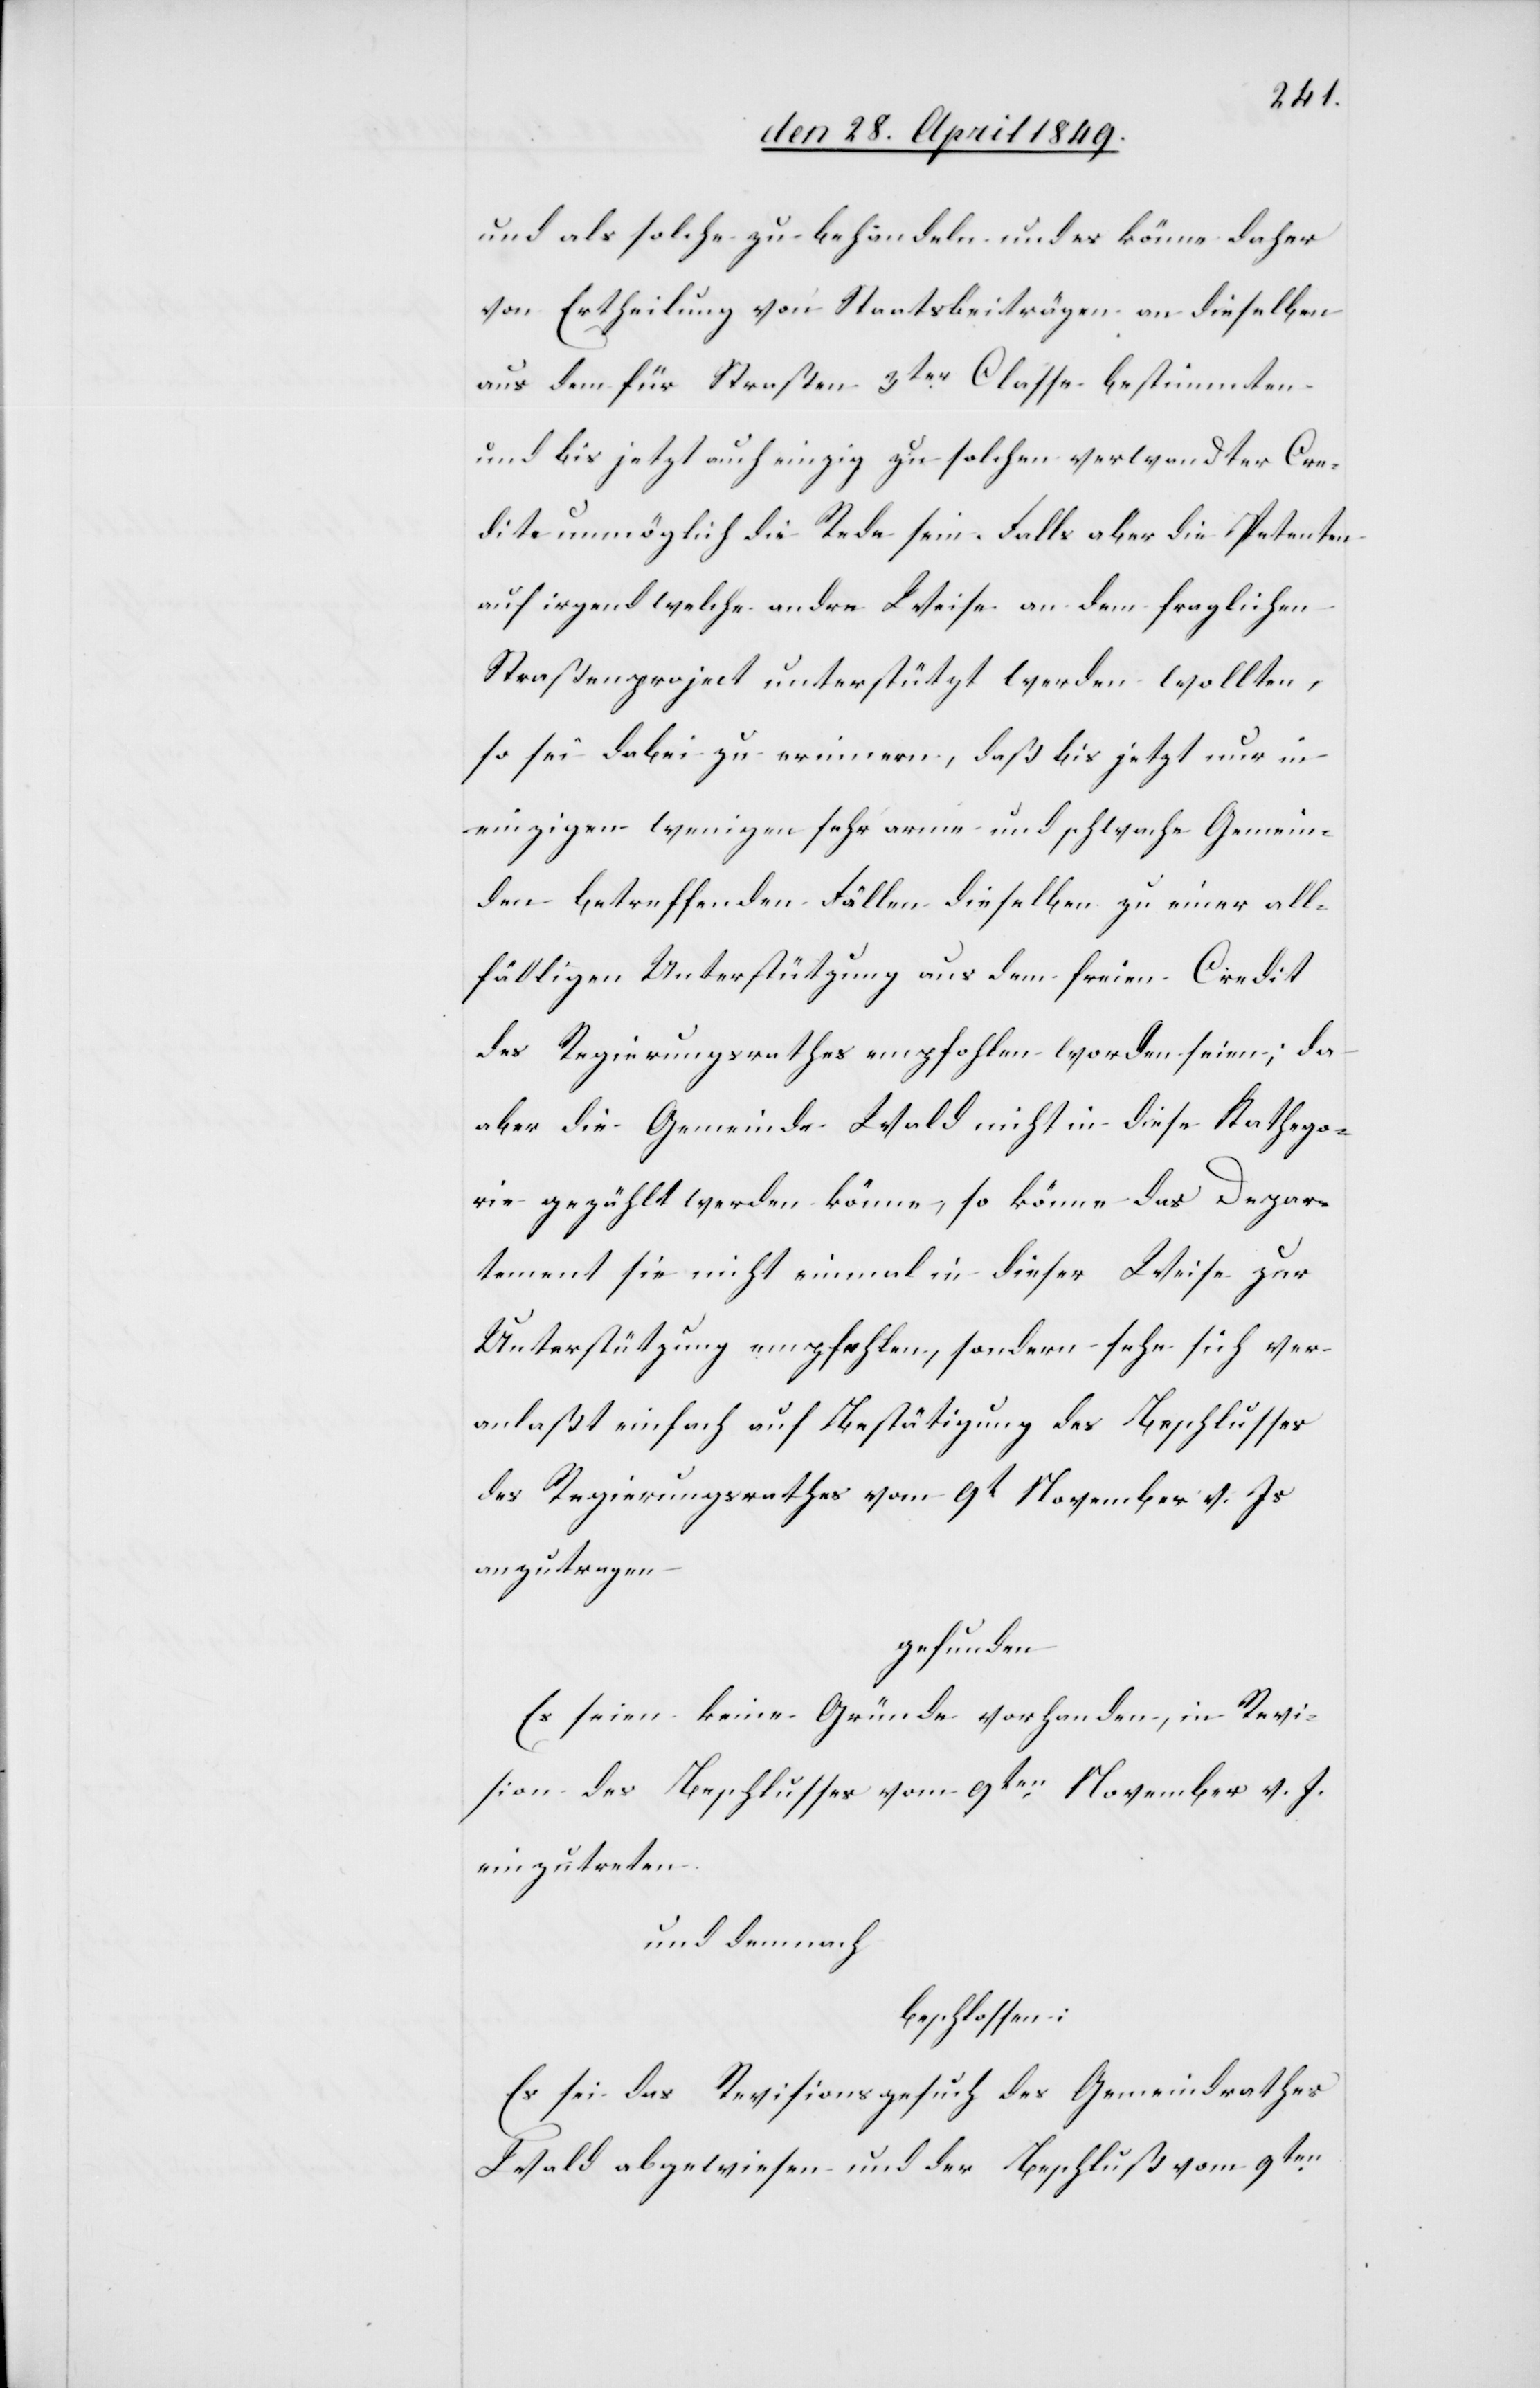
und als solche zu behändeln und es könne daher
von Erhteilung von Staatsbeiträgen an dieselben
aus dem für Straßen 3ter Classe bestimmten
und bis jetzt auch einzig zu solchen verwendter Cre¬
dite unmöglich die Rede sein. Falls aber die Petenten
auf irgend welche andere Weise an dem fraglichen
Straßenproject unterstützt werden wollten,
so sei dabei zu erinnern, daß bis jetzt nur in
einzigen wenigen sehr arme und schwache Gemein¬
den betreffenden Fällen dieselben zu einer all¬
fälligen Unterstützung aus dem freien Credit
des Regierungsrathes empfohlen worden seien, da
aber die Gemeinde Wald nicht in diese Kathego¬
rie gezählt werden könne, so könne das Depar¬
tement sie nicht einmal in dieser Weise zur
Unterstützung empfehlen, sondern sehe sich ver¬
anlaßt einfach auf Bestätigung des Beschlusses
des Regierungsrathes vom 9t November v. Js.
anzutragen
gefunden
Es seien keine Gründe vorhanden, in Revi¬
sion des Beschlusses vom 9ten November v. J.
einzutreten
und demnach
beschlossen:
Es sei das Revisionsgesuch des Gemeindrathes
Wald abgewiesen und der Beschluß vom 9ten